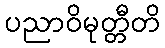
ပညာဝိမုတ္တီတိ